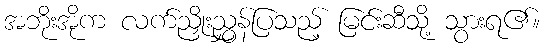
အဘိုးအိုက လက်ညှိုးညွှန်ပြသည့် မြင်းဆီသို့ သွားရ၏။